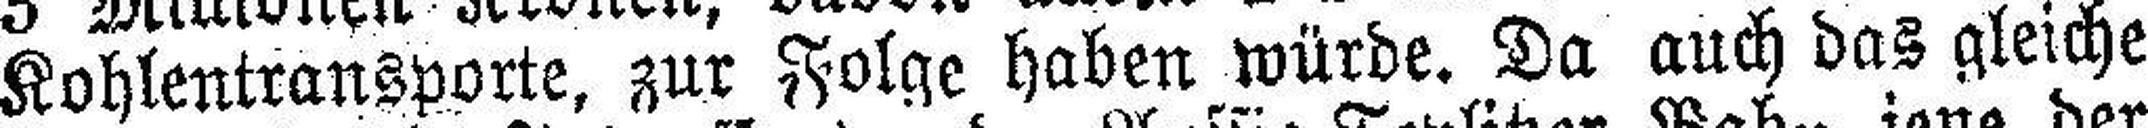
Kohlentransporte, zur Folge haben würde. Da auch das gleiche